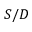
S / D